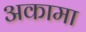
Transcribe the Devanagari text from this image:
अकामा